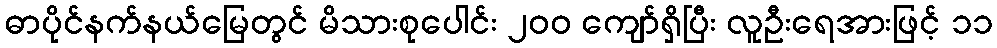
ဓာပိုင်နက်နယ်မြေတွင် မိသားစုပေါင်း ၂၀၀ ကျော်ရှိပြီး လူဦးရေအားဖြင့် ၁၁